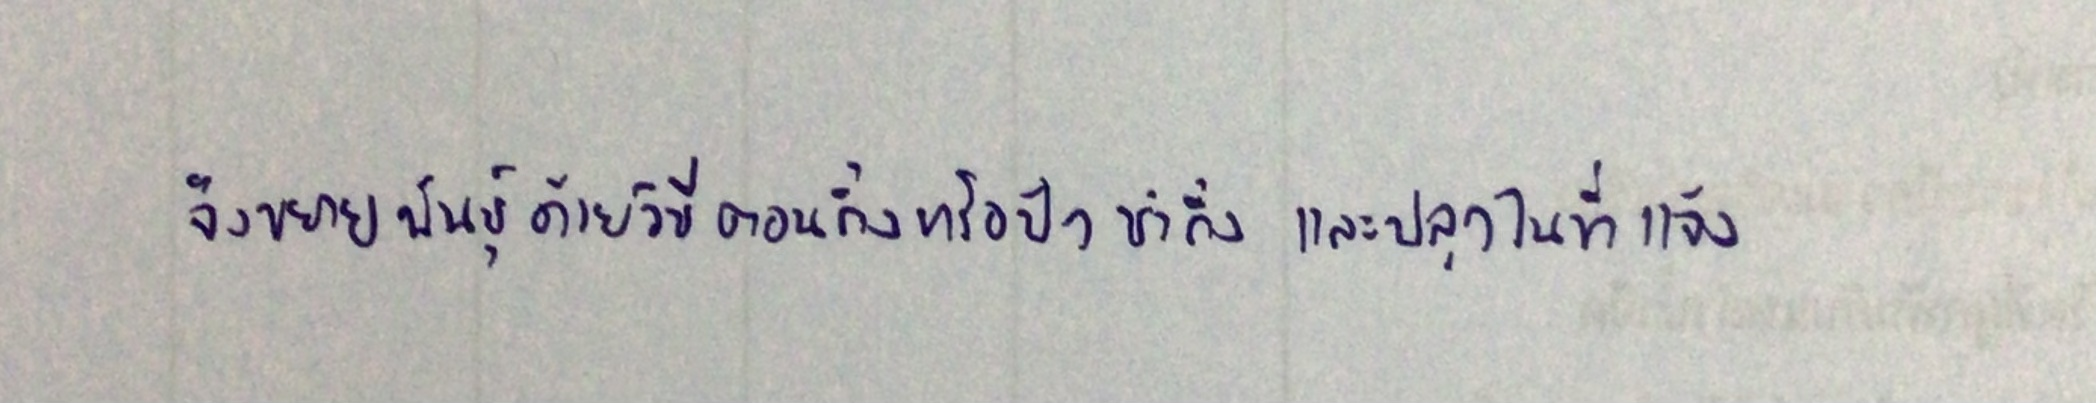
จึงขยายพันธุ์ด้วยวิธีตอนกิ่งหรือปักชำกิ่งและปลูกในที่แจ้ง